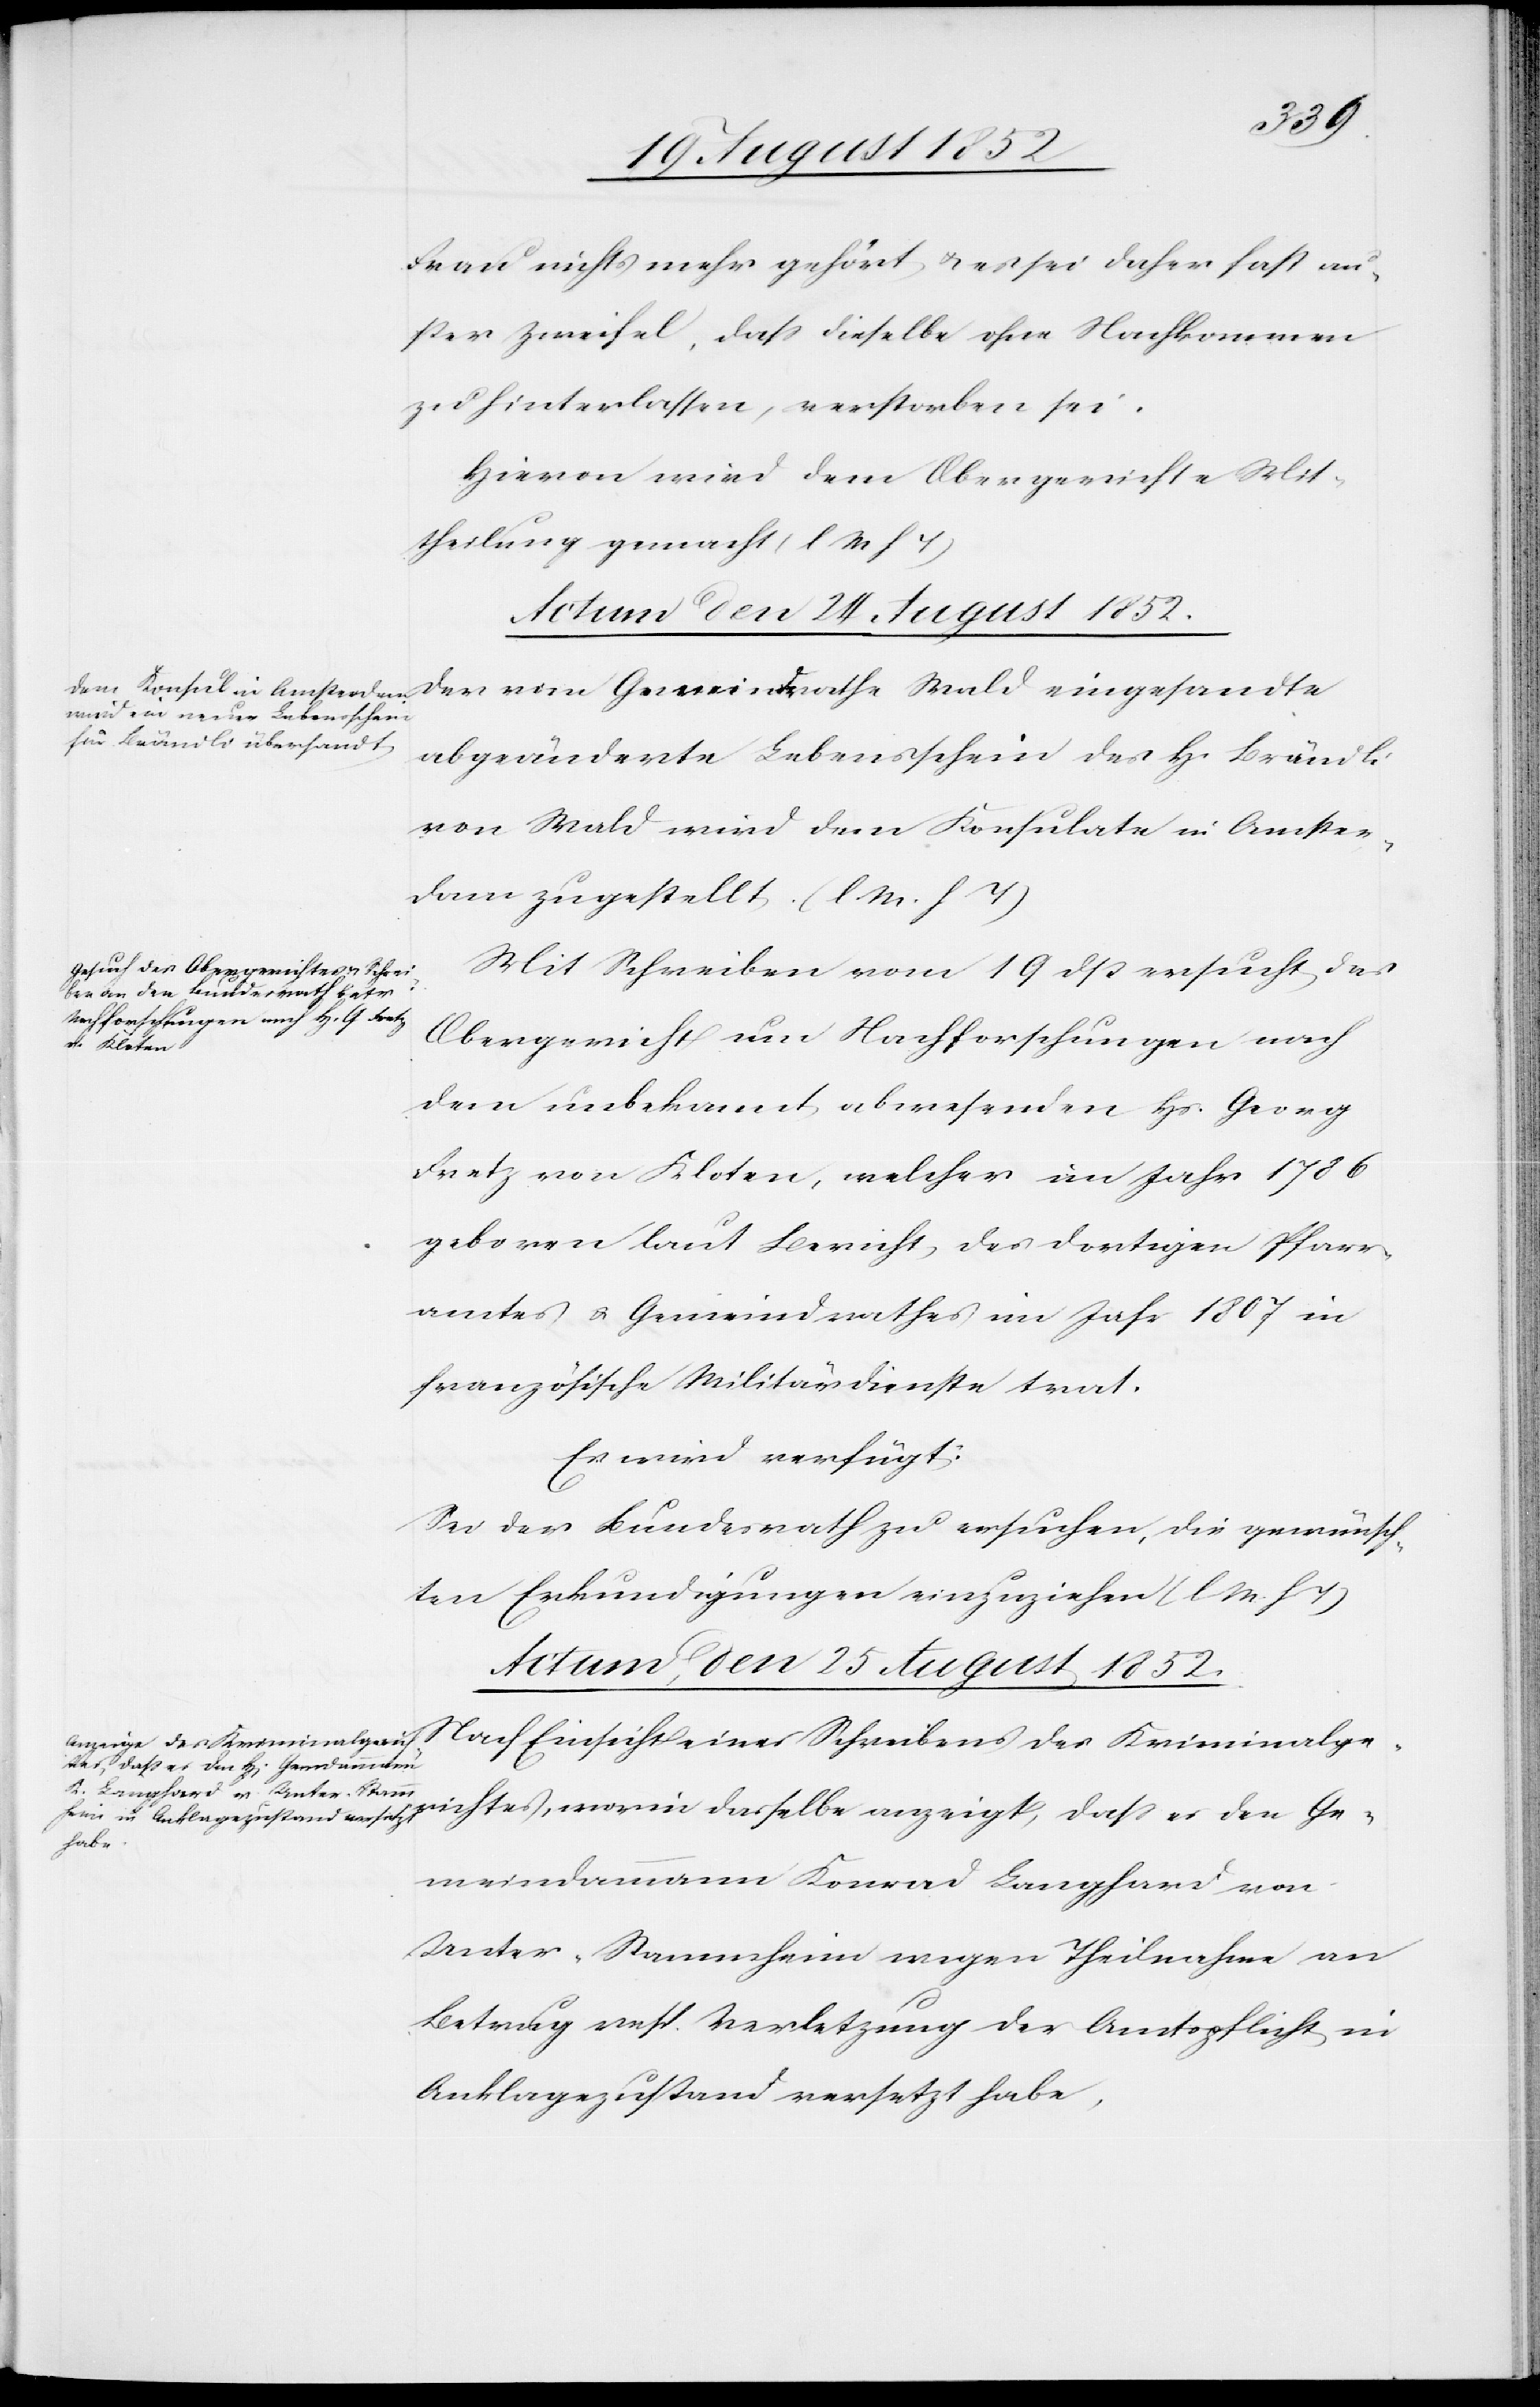
Frau nichts mehr gehört & es sei daher fast au¬
ßer Zweifel, dass dieselbe ohne Nachkommen
zu hinterlassen, verstorben sei.
Hievon wird dem Obergerichte Mit¬
theilung gemacht (l M h T)[.]
Actum den 24 August 1852.]
abgeänderte Lebensschein des H. Brändli
von Wald wird dem Konsulate in Amster¬
dam zugestellt. (l M. h T)
Mit Schreiben vom 19 dß ersucht das
Obergericht um Nachforschungen nach
dem unbekannt abwesenden Hs. Georg
Fretz von Kloten, welcher im Jahr 1786
geboren laut Bericht des dortigen Pfarr¬
amtes & Gemeindrathes im Jahr 1807 in
französische Militärdienste trat.
Es wird verfügt:
Sei der Bundesrath zu ersuchen, die gewünsch¬
ten Erkundigungen einzuziehen (l M. h T)[.]
Actum, den 25 August 1852.
Nach Einsicht eines Schreibens des Kriminalge¬
richtes, worin dasselbe anzeigt, dass es den Ge¬
meindammann Konrad Langhard von
Unter-Stammheim wegen Theilnahme an
Betrug resp. Verletzung der Amtspflicht in
Anklagezustand versetzt habe,